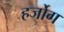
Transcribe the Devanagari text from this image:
हर्जोग